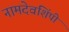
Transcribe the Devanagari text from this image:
नामदेवशिंपी